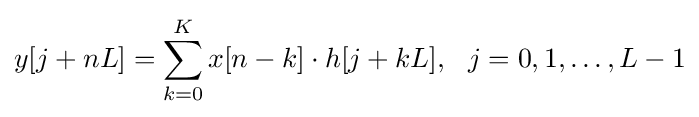
y[j+nL]=\sum _{k=0}^{K}x[n-k]\cdot h[j+kL],\ \ j=0,1,\ldots ,L-1